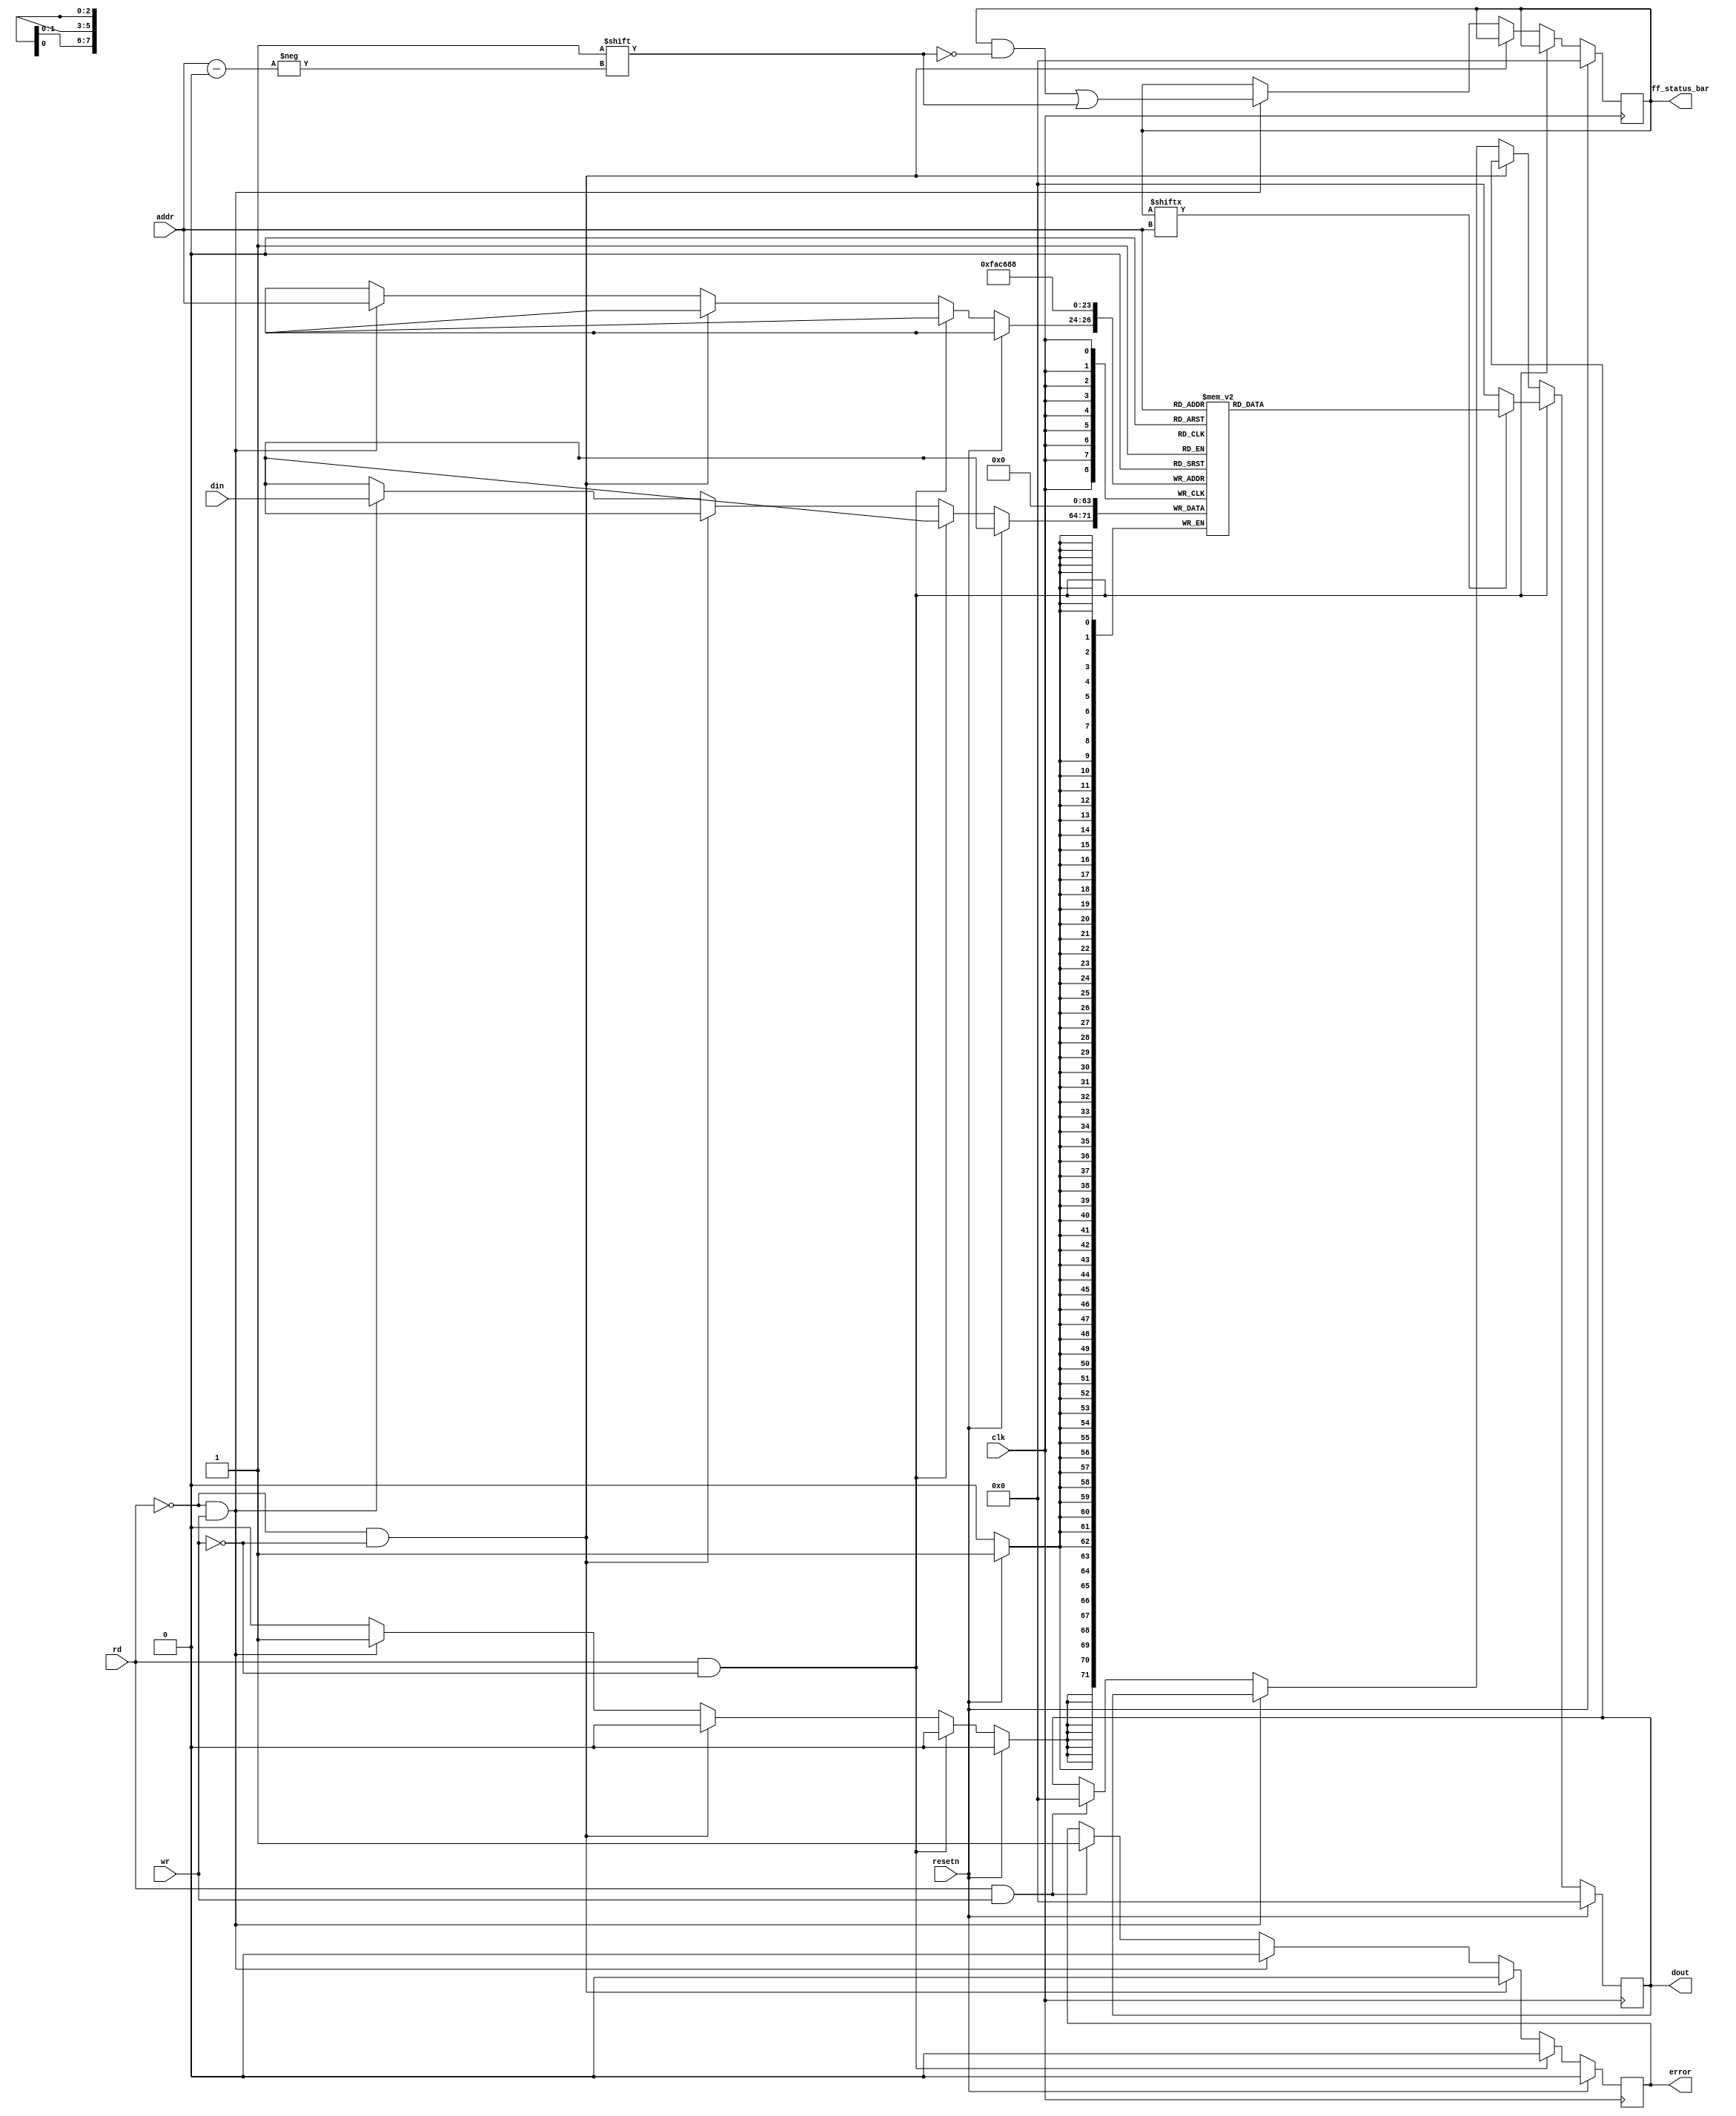
module flipfloparray(
    input [7:0] din,
    input [2:0] addr,
    input wr,
    input rd,
    input clk,
    input resetn,
    output  [7:0] dout,
    output  error,
    output [7:0] ff_status_bar
    );
    

reg error_flag;  
reg [7:0] temp;
reg [7:0] reg_file [0:7];
reg [7:0] valid_array; 

always @(posedge clk) begin
    if (resetn)
    begin    
        temp <= 0;
        error_flag <= 0;
        reg_file[0] <= 0;
        reg_file[1] <= 0;
        reg_file[2] <= 0;
        reg_file[3] <= 0;
        reg_file[4] <= 0;
        reg_file[5] <= 0;
        reg_file[6] <= 0;
        reg_file[7] <= 0;
        valid_array <= 0;

    end

    else begin
        if (rd & (~wr)) begin
            if (valid_array[addr] == 1 ) begin
                temp <= reg_file[addr];
                error_flag <= 0;
            end
            else begin
                error_flag <= 0;
                temp <= 0;
            end
        end
        else if ((~rd) & (~wr))begin
            temp <= temp;
            error_flag <= 0;
            end
        else if ((~rd) & wr) begin
            valid_array[addr] <= 1'b 1;
            reg_file[addr] <= din;
            error_flag <= 0;
        end
        else if (rd & wr) begin
            error_flag <= 1;
            temp <= 0;
        end
    end
end
assign dout = temp;
assign ff_status_bar = valid_array;
assign error = error_flag;
    
endmodule